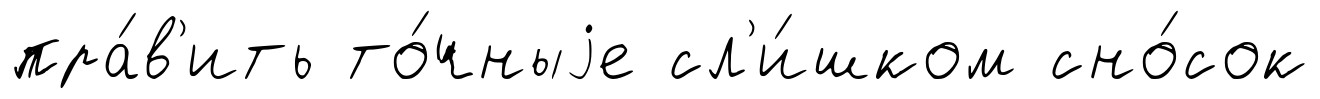
пра́в'ить то́чныjе сл'и́шком сно́сок